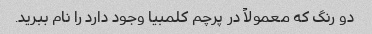
دو رنگ که معمولاً در پرچم کلمبیا وجود دارد را نام ببرید.